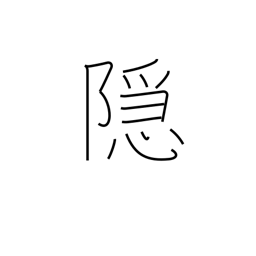
Meaning: cover